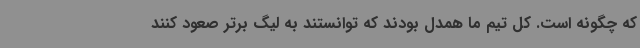
که چگونه است. کل تیم ما همدل بودند که توانستند به لیگ برتر صعود کنند